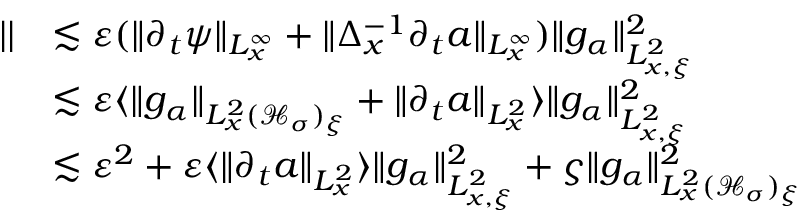
\begin{array} { r l } { | | } & { \lesssim \varepsilon ( \| \partial _ { t } \psi \| _ { L _ { x } ^ { \infty } } + \| \Delta _ { x } ^ { - 1 } \partial _ { t } a \| _ { L _ { x } ^ { \infty } } ) \| g _ { \alpha } \| _ { L _ { x , \xi } ^ { 2 } } ^ { 2 } } \\ & { \lesssim \varepsilon \langle \| g _ { \alpha } \| _ { L _ { x } ^ { 2 } ( \mathcal H _ { \sigma } ) _ { \xi } } + \| \partial _ { t } a \| _ { L _ { x } ^ { 2 } } \rangle \| g _ { \alpha } \| _ { L _ { x , \xi } ^ { 2 } } ^ { 2 } } \\ & { \lesssim \varepsilon ^ { 2 } + \varepsilon \langle \| \partial _ { t } a \| _ { L _ { x } ^ { 2 } } \rangle \| g _ { \alpha } \| _ { L _ { x , \xi } ^ { 2 } } ^ { 2 } + \varsigma \| g _ { \alpha } \| _ { L _ { x } ^ { 2 } ( \mathcal H _ { \sigma } ) _ { \xi } } ^ { 2 } } \end{array}